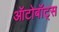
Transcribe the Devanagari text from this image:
ऑटोबॉट्स